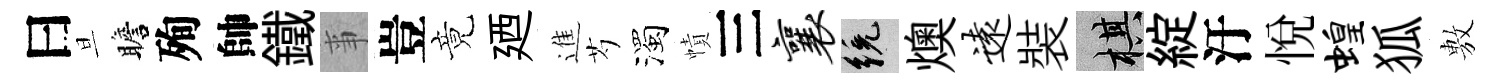
曰旦瞻殉帥鐵亊豈竟廼進芍濁幘三襄統燠远裝棋綻汙悦蝗狐𢾾